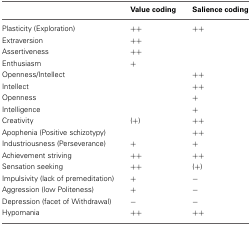
|  | Value coding | Salience coding |
 | --- | --- | --- |
 | Plasticity (Exploration) | ++ | ++ |
 | Extraversion | ++ |  |
 | Assertiveness | ++ |  |
 | Enthusiasm | + |  |
 | Openness/Intellect |  | ++ |
 | Intellect |  | ++ |
 | Openness |  | + |
 | Intelligence |  | + |
 | Creativity | (+) | ++ |
 | Apophenia (Positive schizotypy) |  | ++ |
 | Industriousness (Perseverance) | + | + |
 | Achievement striving | ++ | ++ |
 | Sensation seeking | ++ | (+) |
 | Impulsivity (lack of premeditation) | + | − |
 | Aggression (low Politeness) | + | − |
 | Depression (facet of Withdrawal) | − | − |
 | Hypomania | ++ | ++ |